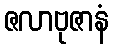
ဇလာဗုဇာနံ